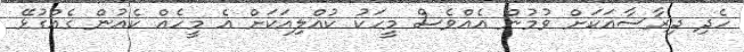
ހެދި ދިރާސާއަކަށް ވުމުން އެއްވެސް މީހަކު ކުއްލިއަކަށް އެ މީހެއް ކެއުން ގެއްގުޅޭ